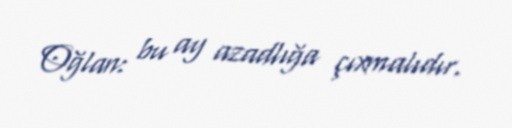
Oğlan: bu ay azadlığa çıxmalıdır.